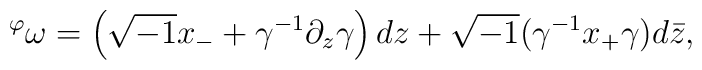
{}^\varphi \omega =  \left(\sqrt{-1} x_- + \gamma^{-1} \partial_z \gamma\right) dz + \sqrt{-1} (\gamma^{-1} x_+ \gamma) d\bar z,